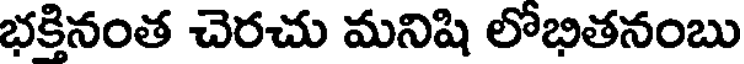
భక్తినంత చెరచు మనిషి లోభితనంబు